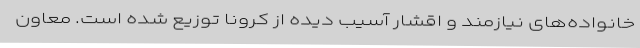
خانواده‌های نیازمند و اقشار آسیب دیده از کرونا توزیع شده است. معاون